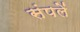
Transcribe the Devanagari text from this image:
संपलें